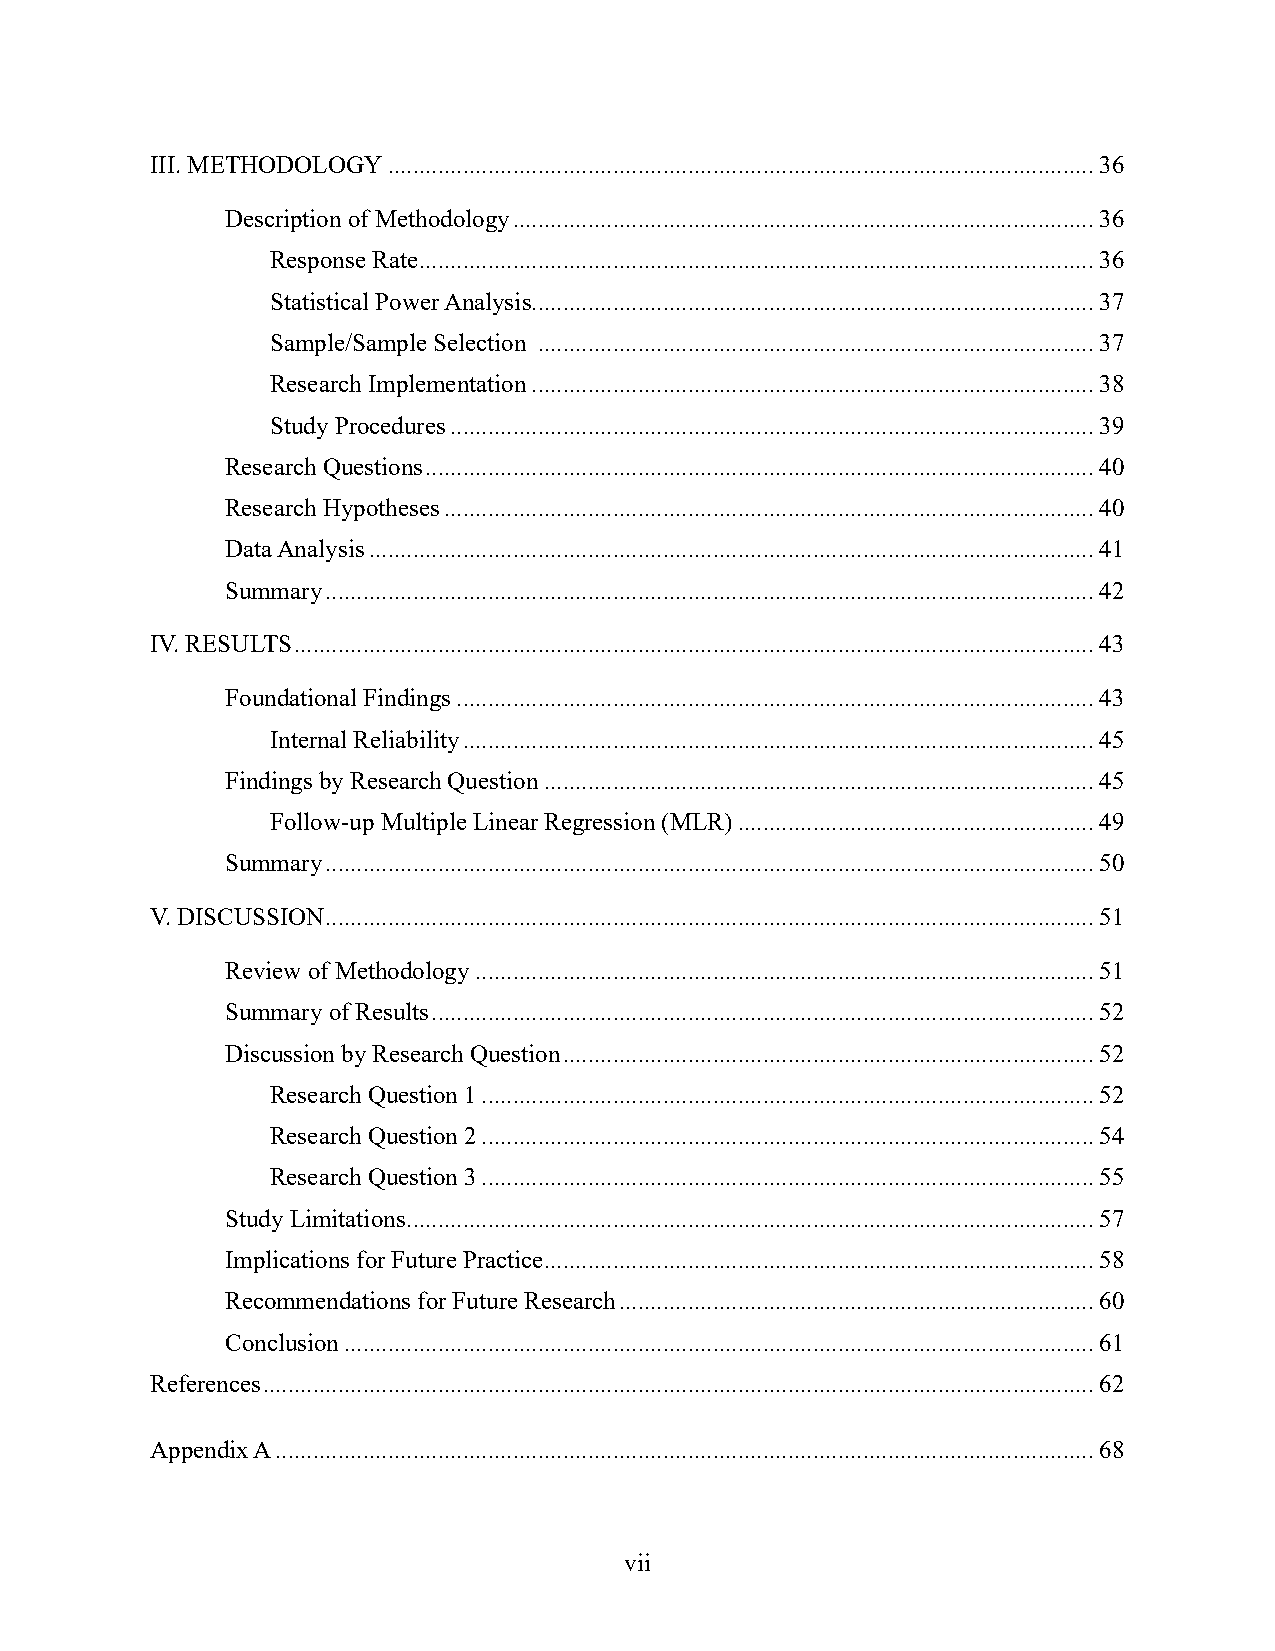
III. METHODOLOGY ................................................................................................................. 36
 Description of Methodology ............................................................................................. 36
 Response Rate ............................................................................................................ 36
 Statistical Power Analysis.......................................................................................... 37
 Sample/Sample Selection ......................................................................................... 37
 Research Implementation .......................................................................................... 38
 Study Procedures ....................................................................................................... 39
 Research Questions ........................................................................................................... 40
 Research Hypotheses ........................................................................................................ 40
 Data Analysis .................................................................................................................... 41
 Summary ........................................................................................................................... 42
 IV. RESULTS ................................................................................................................................ 43
 Foundational Findings ...................................................................................................... 43
 Internal Reliability ..................................................................................................... 45
 Findings by Research Question ........................................................................................ 45
 Follow-up Multiple Linear Regression (MLR) ......................................................... 49
 Summary ........................................................................................................................... 50
 V. DISCUSSION ........................................................................................................................... 51
 Review of Methodology ................................................................................................... 51
 Summary of Results .......................................................................................................... 52
 Discussion by Research Question ..................................................................................... 52
 Research Question 1 .................................................................................................. 52
 Research Question 2 .................................................................................................. 54
 Research Question 3 .................................................................................................. 55
 Study Limitations .............................................................................................................. 57
 Implications for Future Practice ........................................................................................ 58
 Recommendations for Future Research ............................................................................ 60
 Conclusion ........................................................................................................................ 61
 References ..................................................................................................................................... 62
 Appendix A ................................................................................................................................... 68
 vii